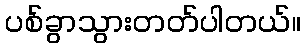
ပစ်ခွာသွားတတ်ပါတယ်။